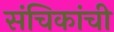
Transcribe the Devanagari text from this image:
संचिकांची